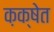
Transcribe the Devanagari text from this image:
क़क्षेत